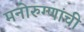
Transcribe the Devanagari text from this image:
मनोरुग्णांची